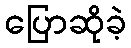
ပြောဆိုခဲ့